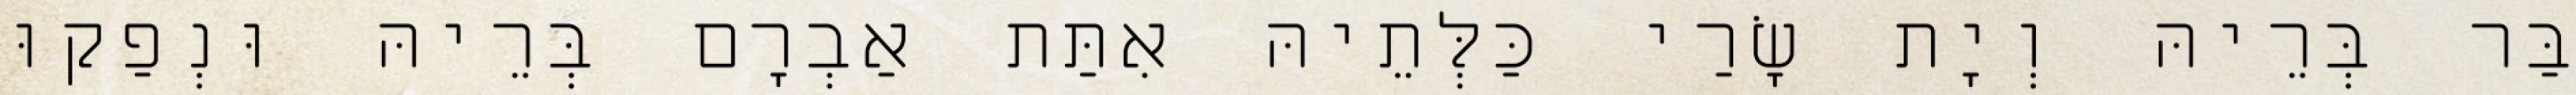
בַּר בְּרֵיהּ וְיָת שָׂרַי כַּלְּתֵיהּ אִתַּת אַבְרָם בְּרֵיהּ וּנְפַקוּ